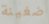
ضغينة